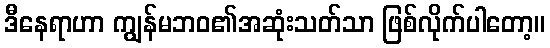
ဒီနေရာဟာ ကျွန်မဘဝ၏အဆုံးသတ်သာ ဖြစ်လိုက်ပါတော့။